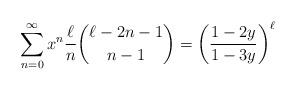
LaTeX: \begin{align*}\sum_{n=0}^{\infty} x^{n} \frac{\ell}{n} \binom{\ell-2n-1}{n-1}=\left(\frac{1-2y}{1-3y}\right)^{\ell}\end{align*}